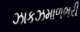
ઝાકઝમાળભરી